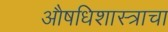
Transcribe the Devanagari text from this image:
औषधिशास्त्राचा